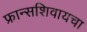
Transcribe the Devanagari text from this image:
फ्रान्सशिवायचा